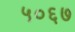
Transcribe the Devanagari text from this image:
५०६७